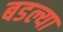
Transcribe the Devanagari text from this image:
बडल्या